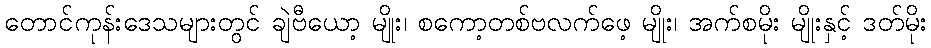
တောင်ကုန်းဒေသများတွင် ချဲဗီယော့ မျိုး၊ စကော့တစ်ဗလက်ဖေ့ မျိုး၊ အက်စမိုး မျိုးနှင့် ဒတ်မိုး